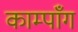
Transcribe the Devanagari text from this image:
काम्पाँग